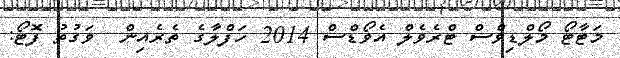
މަޓާޓޯ މޯލްޑިވްސް ޓްރެވެލް އެވޯޑްސް 2014 ހަފްލާގެ ތެރެއިން  ވަގުތު ފޮޓޯ: